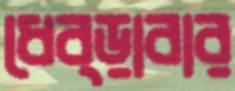
ধেব্‌ড়াবার